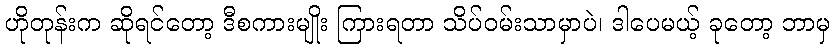
ဟိုတုန်းက ဆိုရင်တော့ ဒီစကားမျိုး ကြားရတာ သိပ်ဝမ်းသာမှာပဲ၊ ဒါပေမယ့် ခုတော့ ဘာမှ